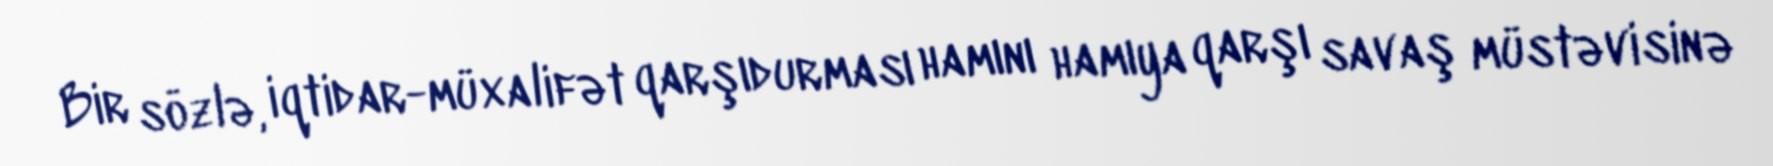
Bir sözlə, iqtidar-müxalifət qarşıdurması hamını hamıya qarşı savaş müstəvisinə